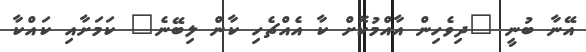
އޭނާ ބުނީ "ދިވެހިން އާއްމުކޮށް ކާ އެއްޗެހި ކާން ލިބޭނެ" ކަމަށާއި ކައްކާ